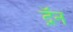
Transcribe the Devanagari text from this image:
द़ॅन